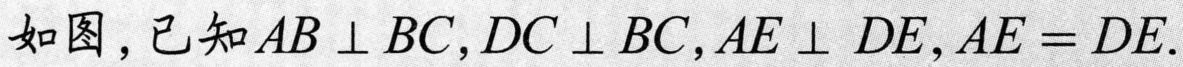
如图，已知$AB\perp BC,DC\perp BC,AE\perp DE,AE = DE$.